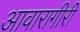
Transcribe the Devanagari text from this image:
आवारागीरी